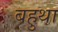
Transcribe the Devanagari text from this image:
बहुथा